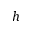
h